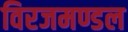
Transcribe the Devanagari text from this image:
विरजमण्डल